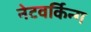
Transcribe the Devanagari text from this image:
नेटवर्किन्ग